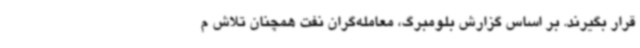
قرار بگیرند. بر اساس گزارش بلومبرگ، معامله‌گران نفت همچنان تلاش م